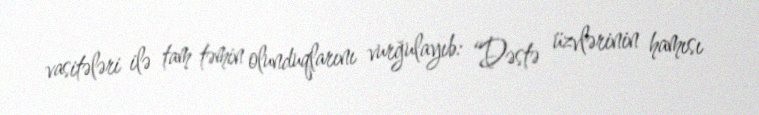
vasitələri ilə tam təmin olunduqlarını vurğulayıb: “Dəstə üzvlərinin hamısı